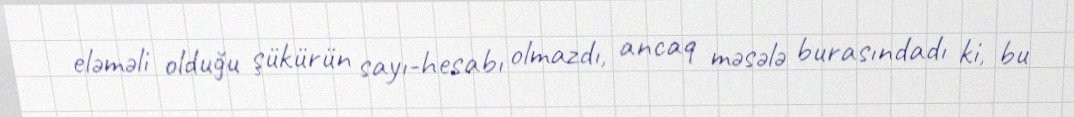
eləməli olduğu şükürün sayı-hesabı olmazdı, ancaq məsələ burasındadı ki, bu